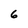
Character: 6